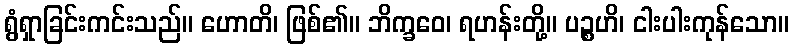
ရွံရှာခြင်းကင်းသည်။ ဟောတိ၊ ဖြစ်၏။ ဘိက္ခဝေ၊ ရဟန်းတို့။ ပဉ္စဟိ၊ ငါးပါးကုန်သော။